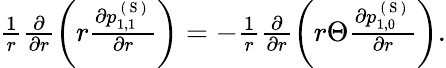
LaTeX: \begin{array}{r}{\frac{1}{r}\frac{\partial}{\partial r}\left(r\frac{\partial p_{1,1}^{\mathrm{~(~S~)~}}}{\partial r}\right)=-\frac{1}{r}\frac{\partial}{\partial r}\left(r\Theta\frac{\partial p_{1,0}^{\mathrm{~(~S~)~}}}{\partial r}\right).}\end{array}